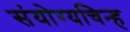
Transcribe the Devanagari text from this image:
संयोग्यचिन्ह